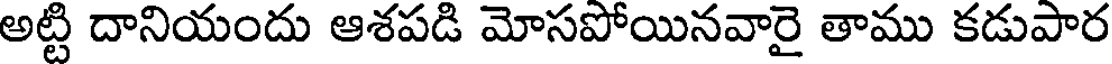
అట్టి దానియందు ఆశపడి మోసపోయినవారై తాము కడుపార